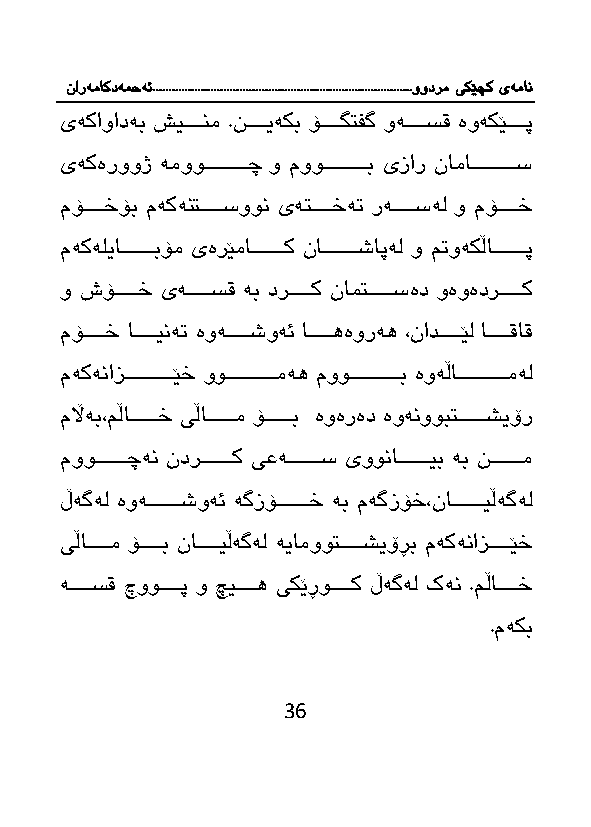
نارەماکدەمحە ئ.................................................................................وودرم یکێچک یەمان
 یەكاوادەب شیاااااانم .ناااااایەكب ۆااااااگتفگ وەااااااسق ەوەكێااااااپ
 یەكەرووژ ەمووااااااااااااچ و مووااااااااااااب یزار ناماااااااااااااس
 مۆااااااخۆب مەكەنتااااااسوون یەتااااااخە رەااااااسەل و مۆااااااخ
 مەكەلیاااااااااابۆم یەرێمااااااااااك نااااااااااشاپەل و م وەكڵااااااااااپ
 و شۆاااااااخ یەاااااااسق ەب دراااااااك نامتاااااااسەد وەوەدراااااااك
 مۆااااااخ اااااااینە ەوەااااااشوەئ اااااااهەورەه ،نادااااااێل اااااااقاق
 مەكەنازااااااااااااااێخ وواااااااااااااامەه مووااااااااااااااب ەوەڵااااااااااااااامەل
 مڵاەب،مڵاااااااااخ یڵااااااااام ۆااااااااب ەوەرەد ەوەنووبتااااااااشیۆر
 موواااااااااچەن ندراااااااااك یعەاااااااااس یووناااااااااایب ەب نااااااااام
 ڵەگەل ەوەاااااااااشوەئ ەگزۆاااااااااخ ەب مەگزۆخ،ناااااااااایڵەگەل
 یڵااااااام ۆااااااب نااااااایڵەگەل ەیامووتااااااشیۆڕب مەكەنازااااااێخ
 ەااااااسق چووااااااپ و چیااااااه یكێڕوااااااك ڵەگەل كەن .مڵاااااااخ
 .مەكب
 36